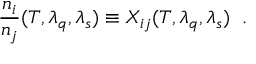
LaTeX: \frac { n _ { i } } { n _ { j } } ( T , \lambda _ { q } , \lambda _ { s } ) \equiv X _ { i j } ( T , \lambda _ { q } , \lambda _ { s } ) \; \; .